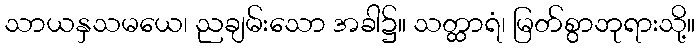
သာယနှသမယေ၊ ညချမ်းသော အခါ၌။ သတ္ထာရံ၊ မြတ်စွာဘုရားသို့။